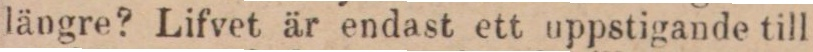
längre? Lifvet är endast ett uppstigande till